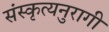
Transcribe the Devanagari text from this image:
संस्कृत्यनुरागी